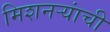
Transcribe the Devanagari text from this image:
मिशनऱ्यांची